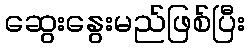
ဆွေးနွေးမည်ဖြစ်ပြီး